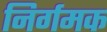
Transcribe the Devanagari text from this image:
निर्गमक